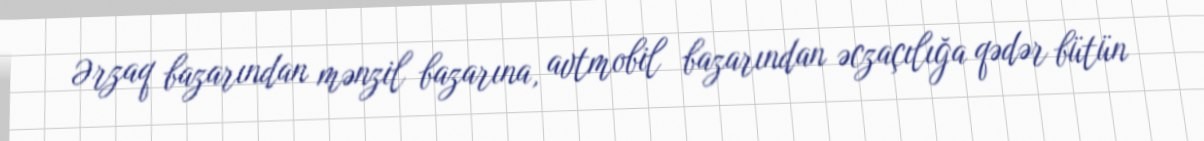
Ərzaq bazarından mənzil bazarına, avtmobil bazarından əczaçılığa qədər bütün